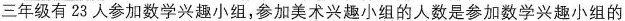
三年级有23人参加数学兴趣小组，参加美术兴趣小组的人数是参加数学兴趣小组的